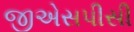
જીએસપીસી